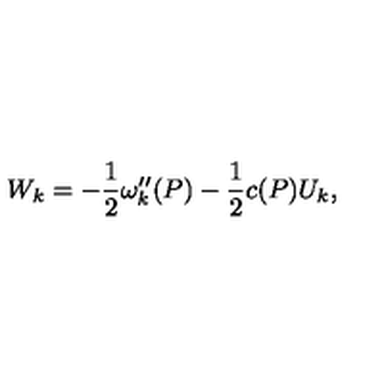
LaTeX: W _ { k } = - { \frac { 1 } { 2 } } \omega _ { k } ^ { \prime \prime } ( P ) - { \frac { 1 } { 2 } } c ( P ) U _ { k } ,